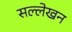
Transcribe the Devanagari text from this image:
सल्लेखन